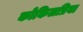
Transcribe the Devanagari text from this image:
कोकिलप्रिया